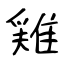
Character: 𨿸